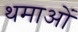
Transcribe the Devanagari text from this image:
थमाओं